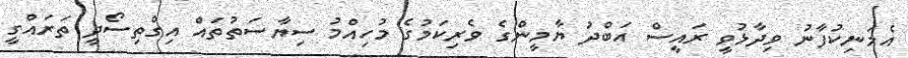
އެމަނިކުފާނު ވިދާޅުވީ ރައީސް އަބްދު ޔާމީންގެ ވެރިކަމުގެ މުހިއްމު ސިޔާސަތުތައް އިގްތިސޯދީ ތަރައްގީ